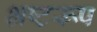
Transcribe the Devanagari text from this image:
भ्रष्टरूप